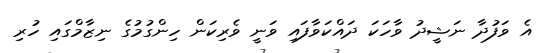
އެ ވަފުދާ ނަޝީދު ވާހަކަ ދައްކަވާފައި ވަނީ ވެރިކަން ހިންގުމުގެ ނިޒާމްގައި ހުރި